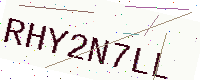
Text: RHY2N7LL